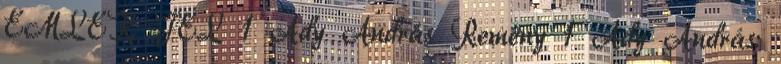
EMLÉK JEL 1 Ady András Remény 1 Ady András: